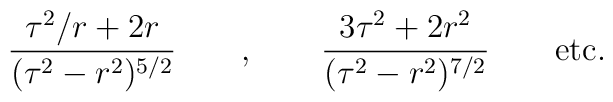
\frac{\tau^{2}/r+2r}{(\tau^{2}-r^{2})^{5/2}} \qquad , \qquad\frac{3\tau^{2} + 2 r^{2}}{(\tau^{2}-r^{2})^{7/2}} \qquad {\rm etc.}